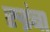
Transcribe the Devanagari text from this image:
रुद्रंबा